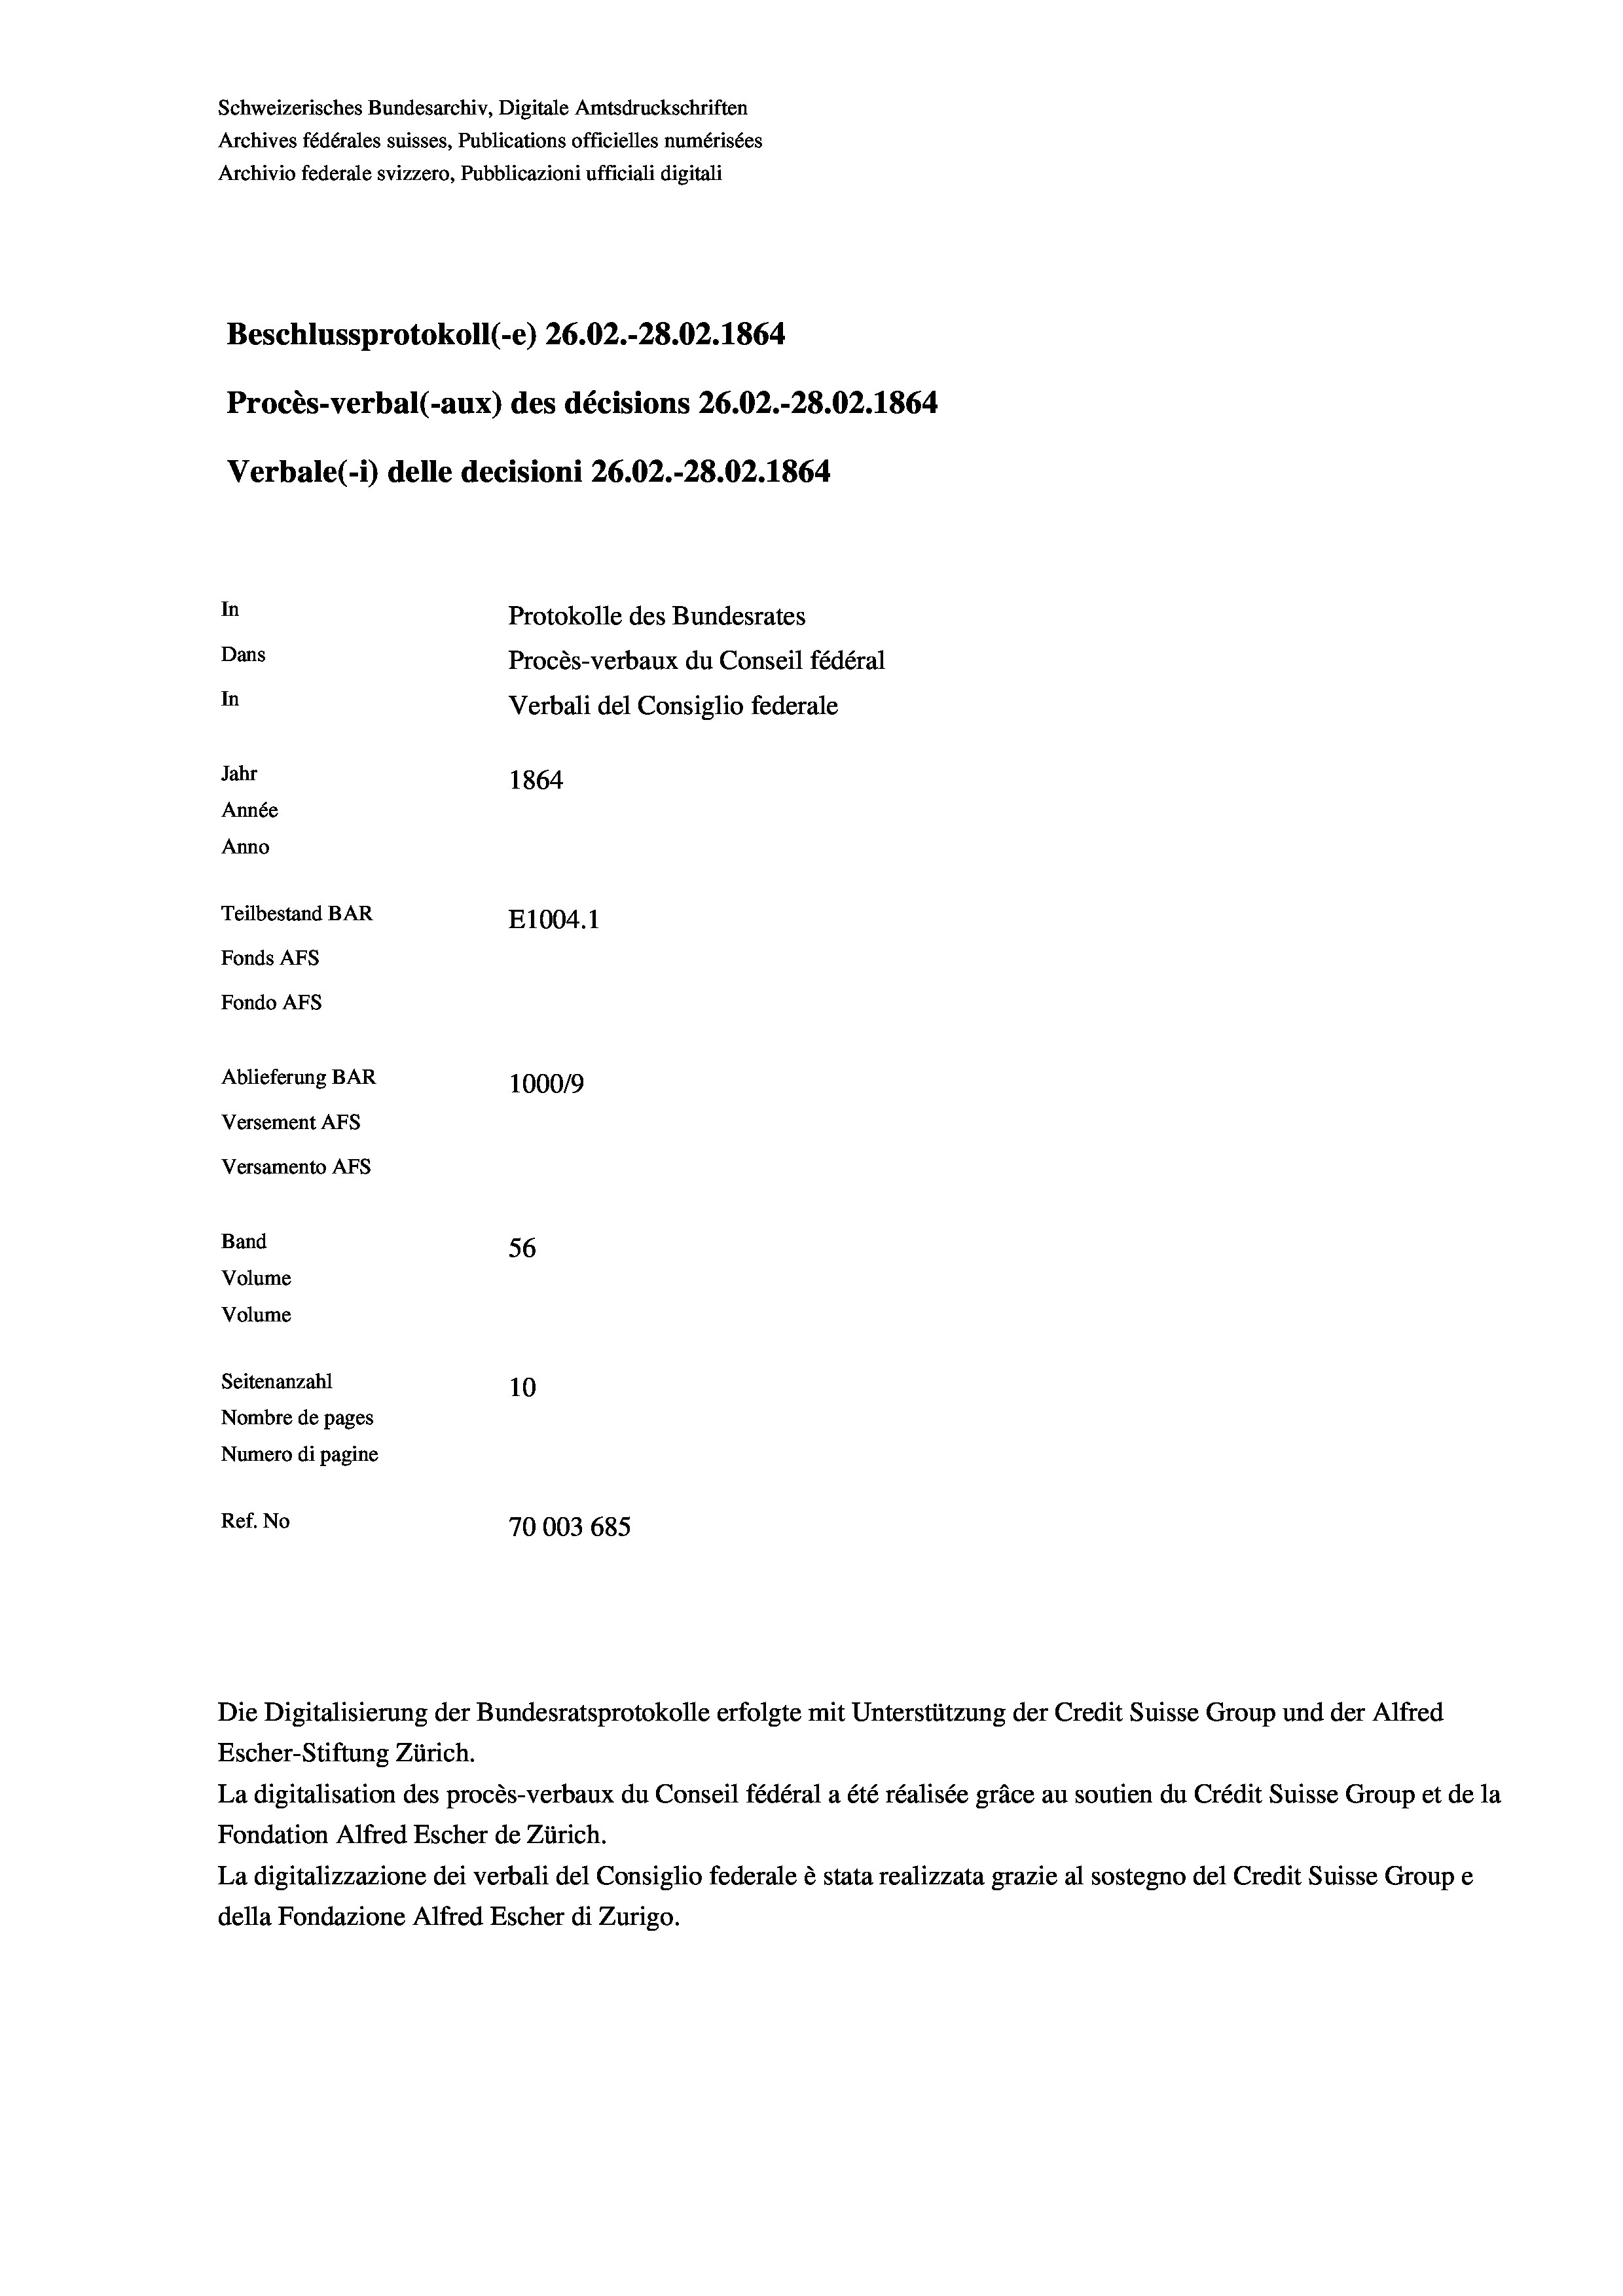
Schweizerisches Bundesarchiv, Digitale Amtsdruckschriften
Archives fédérales suisses, Publications officielles numérisées
Archivio federale svizzero, Pubblicazioni ufficiali digitali
Beschlussprotokoll (-e) 26.02.-28.02. 1864
Procès-verbal (-aux) des décisions 26.02.-28.02. 1864
Verbale (i) delle decisioni 26.02.-28.02. 1864
In
Protokolle des Bundesrates
Dans
Procès-verbaux du Conseil fédéral
In
Verbali del Consiglio federale
Jahr
1864
Année
Anno
Teilbestand BAR
E1004.1
Fonds AFs
Fondo AFS
Ablieferung BAR
1000/9
Versement AFs
Versamento Afs

56
Seitenanzahl
10
Nombre de pages
Numero di pagine
Ref. No
70003 685

Band
Volume
Volume

Die Digitalisierung der Bundesratsprotokolle erfolgte mit Unterstützung der Credit Suisse Group und der Alfred
Escher-Stiftung Zürich.

La digitalisation des procès-verbaux du Conseil fédéral a été réalisée gräce au soutien du Crédit Suisse Group et de la
Fondation Alfred Escher de Zürich.
La digitalizzazione dei verbali del Consiglio federale è stata realizzata grazie al sostegno del Credit Suisse Groupe
della Fondazione Alfred Escher di Zurigo.